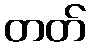
တတ်